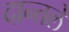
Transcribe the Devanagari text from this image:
दान्तले